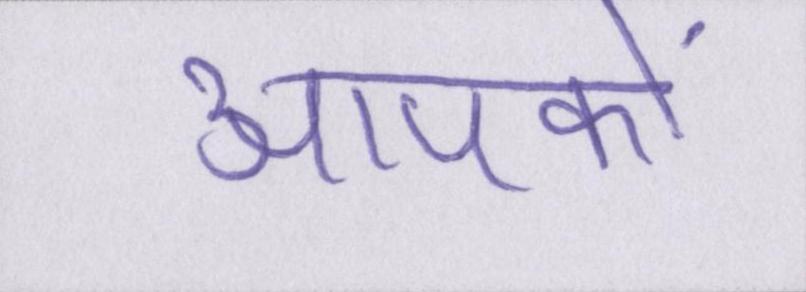
आपकों